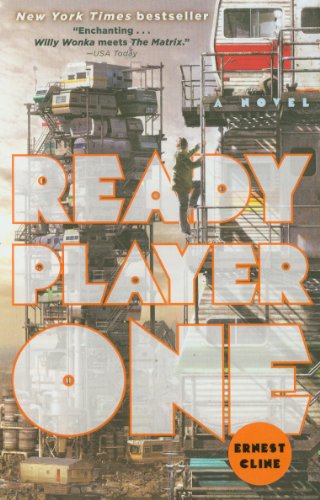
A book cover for Ready Player One: A Novel; Ernest Cline; Mystery, Thriller & Suspense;